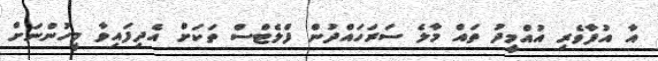
އާ އުފާވެރި އުއްމީދު ތައް މާލެ ސަރަހައްދުން ފްލެޓްސް ތަކަށް އެދިފައިވާ މީހުންނަށް